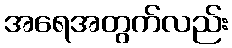
အရေအတွက်လည်း